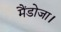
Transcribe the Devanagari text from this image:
मैंडोजा।